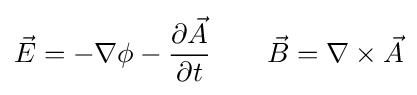
{\vec {E}}=-\nabla \phi -{\partial {\vec {A}} \over \partial t}\qquad {\vec {B}}=\nabla \times {\vec {A}}